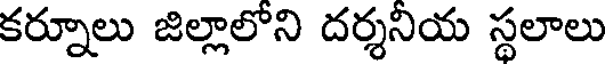
కర్నూలు జిల్లాలోని దర్శనియ స్థలాలు